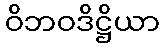
ဝိဘဝဒိဋ္ဌိယာ